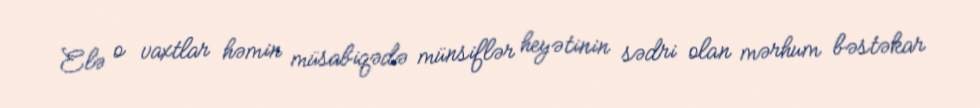
Elə o vaxtlar həmin müsabiqədə münsiflər heyətinin sədri olan mərhum bəstəkar